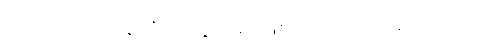
ထုတ်လုပ်ဖို့ အသုံးပြုသွားမှာ ဖြစ်တယ်လို့ သိရပါတယ်။